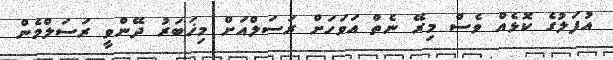
އުފަލުގެ ކޮޅެއް ވެސް މިރޭ ނެތް އަވަހަށް ރަސަލްއަށް މިޚަބަރު ދޭންވީ ރަސަލްމެން